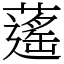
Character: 𦾾